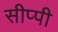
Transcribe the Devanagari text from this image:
सीप्पी